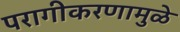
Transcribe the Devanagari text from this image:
परागीकरणामुळे